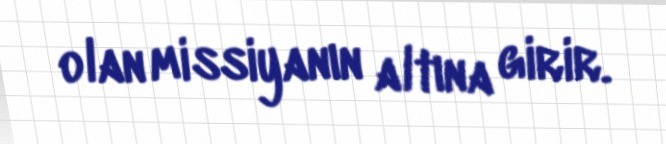
olan missiyanın altına girir.